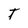
Character: T